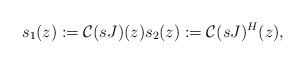
LaTeX: \begin{align*}s_1(z):=\mathcal{C}(sJ)(z) s_2(z):=\mathcal{C}(sJ)^{H}(z),\end{align*}